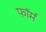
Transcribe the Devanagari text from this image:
फाॅर्म